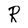
Character: R